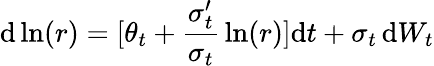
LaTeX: \mathrm{d}\ln(r)=[\theta_{t}+{\frac{{\sigma_{t}^{\prime}}}{{\sigma_{t}}}}\ln(r)]\mathrm{d}t+\sigma_{t}\, \mathrm{d}W_{t}